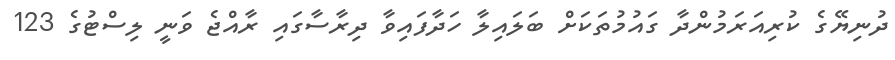
ދުނިޔޭގެ ކުރިއަރަމުންދާ ގައުމުތަކަށް ބަލައިލާ ހަދާފައިވާ ދިރާސާގައި ރާއްޖެ ވަނީ ލިސްޓުގެ 123